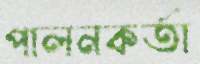
পালনকর্তা